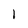
Character: 1